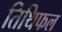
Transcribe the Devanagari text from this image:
तिथिफल